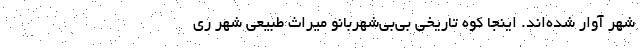
شهر آوار شده‌اند. اینجا کوه تاریخی بی‌بی‌شهربانو میراث طبیعی شهر ری